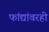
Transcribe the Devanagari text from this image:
फांद्यांवरही